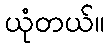
ယုံတယ်။